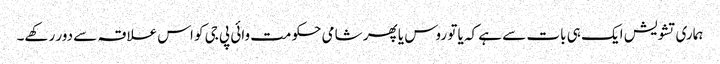
ہماری تشویش ایک ہی بات سے ہے کہ یا تو روس یا پھر شامی حکومت وائی پی جی کو اس علاقہ سے دور رکھے۔